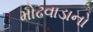
મોઢવાડાનો